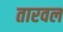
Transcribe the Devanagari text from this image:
तारवल